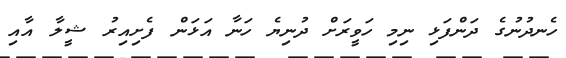
ހެނދުނުގެ ދަންފަޅި ނިމި ހަވީރަށް ދުނިޔެ ހަނާ އަޅަަން ފެށިއިރު ޝީލާ އާއި